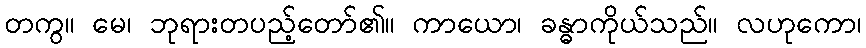
တကွ။ မေ၊ ဘုရားတပည့်တော်၏။ ကာယော၊ ခန္ဓာကိုယ်သည်။ လဟုကော၊